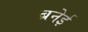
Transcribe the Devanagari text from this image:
ब्रनेई